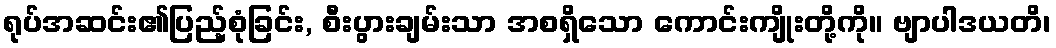
ရုပ်အဆင်း၏ပြည့်စုံခြင်း, စီးပွားချမ်းသာ အစရှိသော ကောင်းကျိုးတို့ကို။ ဗျာပါဒယတိ၊